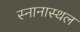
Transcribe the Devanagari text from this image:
स्नानास्थल